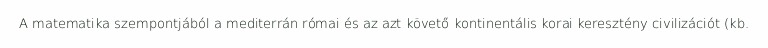
A matematika szempontjából a mediterrán római és az azt követő kontinentális korai keresztény civilizációt (kb.